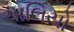
અલિયો